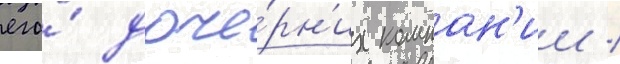
его́ доче́рн'их компан'ии /